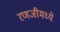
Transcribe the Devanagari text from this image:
रणजीमध्ये